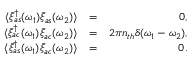
\begin{array} { r l r } { \langle \bar { \xi } _ { a s } ^ { \dagger } ( \omega _ { 1 } ) \bar { \xi } _ { a s } ( \omega _ { 2 } ) \rangle } & { = } & { 0 , } \\ { \langle \bar { \xi } _ { a c } ^ { \dagger } ( \omega _ { 1 } ) \bar { \xi } _ { a c } ( \omega _ { 2 } ) \rangle } & { = } & { 2 \pi n _ { t h } \delta ( \omega _ { 1 } - \omega _ { 2 } ) , } \\ { \langle \bar { \xi } _ { a s } ^ { \dagger } ( \omega _ { 1 } ) \bar { \xi } _ { a c } ( \omega _ { 2 } ) \rangle } & { = } & { 0 . } \end{array}